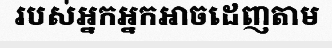
របស់អ្នកអ្នកអាចដេញតាម